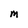
Character: M